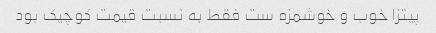
پیتزا خوب و خوشمزه ست فقط به نسبت قیمت کوچیک بود